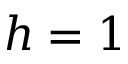
h = 1